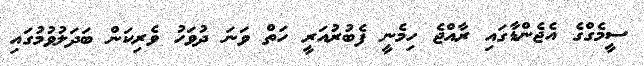
ސީމެގްގެ އެޖެންޑާގައި ރާއްޖެ ހިމެނީ ފެބުރުއަރީ ހަތް ވަނަ ދުވަހު ވެރިކަން ބަދަލުވުމުގައި